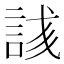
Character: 𬢥